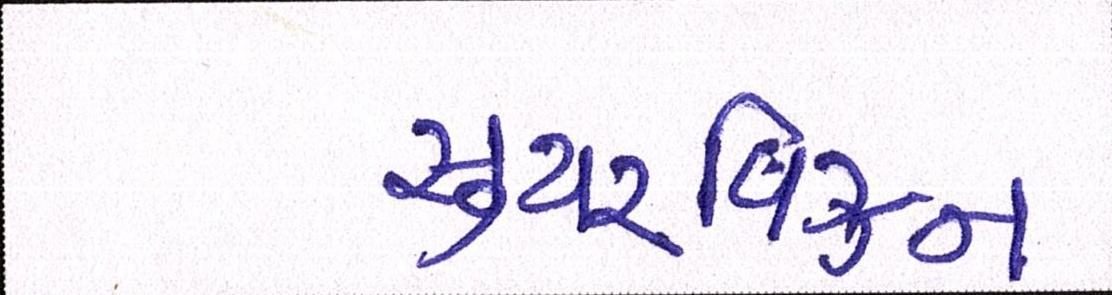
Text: સુપરવિઝન